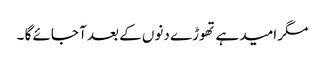
مگر امید ہے تھوڑے دنوں کے بعد آ جائے گا ۔